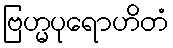
ဗြဟ္မပုရောဟိတံ